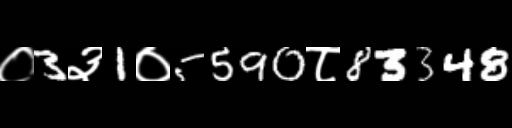
Text: ०3३1०5590८83348